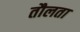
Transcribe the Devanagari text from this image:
तौलता